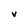
Character: v